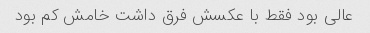
عالی بود فقط با عکسش فرق داشت خامش کم بود